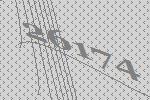
26174